Source: Handwritten
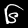
Digit: ၆ (6)